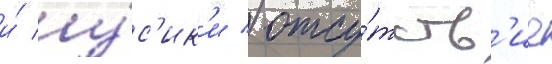
и́ у́с'ик'и / отсу́тств'ие